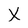
Character: X